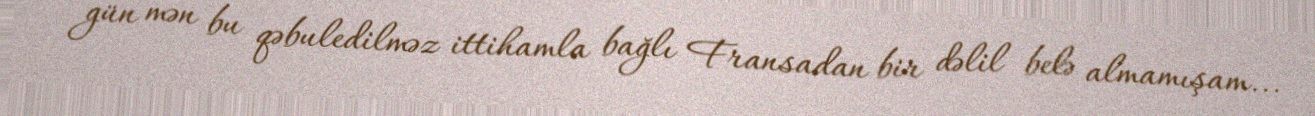
gün mən bu qəbuledilməz ittihamla bağlı Fransadan bir dəlil belə almamışam...